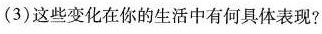
(3)这些变化在你的生活中有何具体表现?